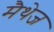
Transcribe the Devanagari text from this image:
मैथेज